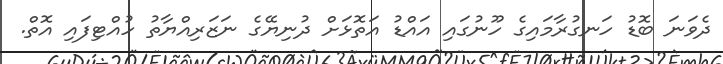
ދެވަނަ ބޮޑު ހަނގުރާމައިގެ ހޫނުގައި އައްޑު އަތޮޅަށް ދުނިޔޭގެ ނަޒަރިއްޔާތު ހުއްޓިފައި އޮތް.